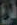
فرع